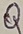
Text: Q